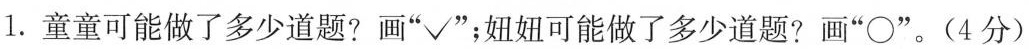
1.童童可能做了多少道题?画”√”；妞妞可能做了多少道题?画”\circ”。(4分)